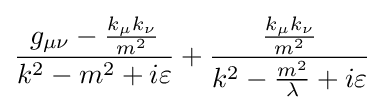
{\frac {g_{\mu \nu }-{\frac {k_{\mu }k_{\nu }}{m^{2}}}}{k^{2}-m^{2}+i\varepsilon }}+{\frac {\frac {k_{\mu }k_{\nu }}{m^{2}}}{k^{2}-{\frac {m^{2}}{\lambda }}+i\varepsilon }}